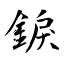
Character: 錑